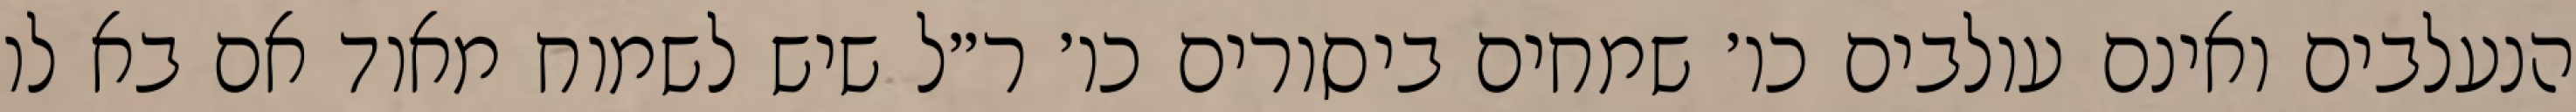
הנעלבים ואינם עולבים כו׳ שמחים ביסורים כו׳ ר״ל שיש לשמוח מאוד אם בא לו